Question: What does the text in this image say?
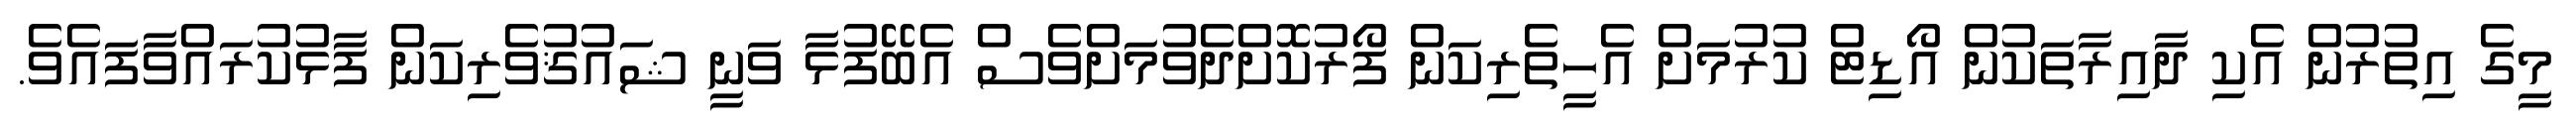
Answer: މީގެ އިތުރުން އެކި ދާއިރާތަކުން އޯޑިޓް ކުރުމަށް އެހީތެރިކަން ފޯރުކޮށްދެވުމަށްވެސް އެބޭފުޅާ ވަނީ ޝައުޤުވެރިކަން ފާޅުކުރައްވާފައެވެ.